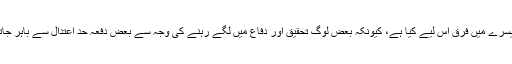
یہ دوسرے اور تیسرے میں فرق اس لیے کیا ہے، کیونکہ بعض لوگ تحقیق اور دفاع میں لگے رہنے کی وجہ سے بعض دفعہ حد اعتدال سے باہر جاتے نظر آتے ہیں۔